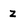
Character: z